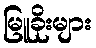
မြူခိုးများ